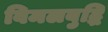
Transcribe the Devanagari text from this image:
विमलबुद्धि